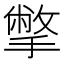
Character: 撆